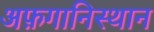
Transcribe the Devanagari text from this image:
अफ़गानिस्थान